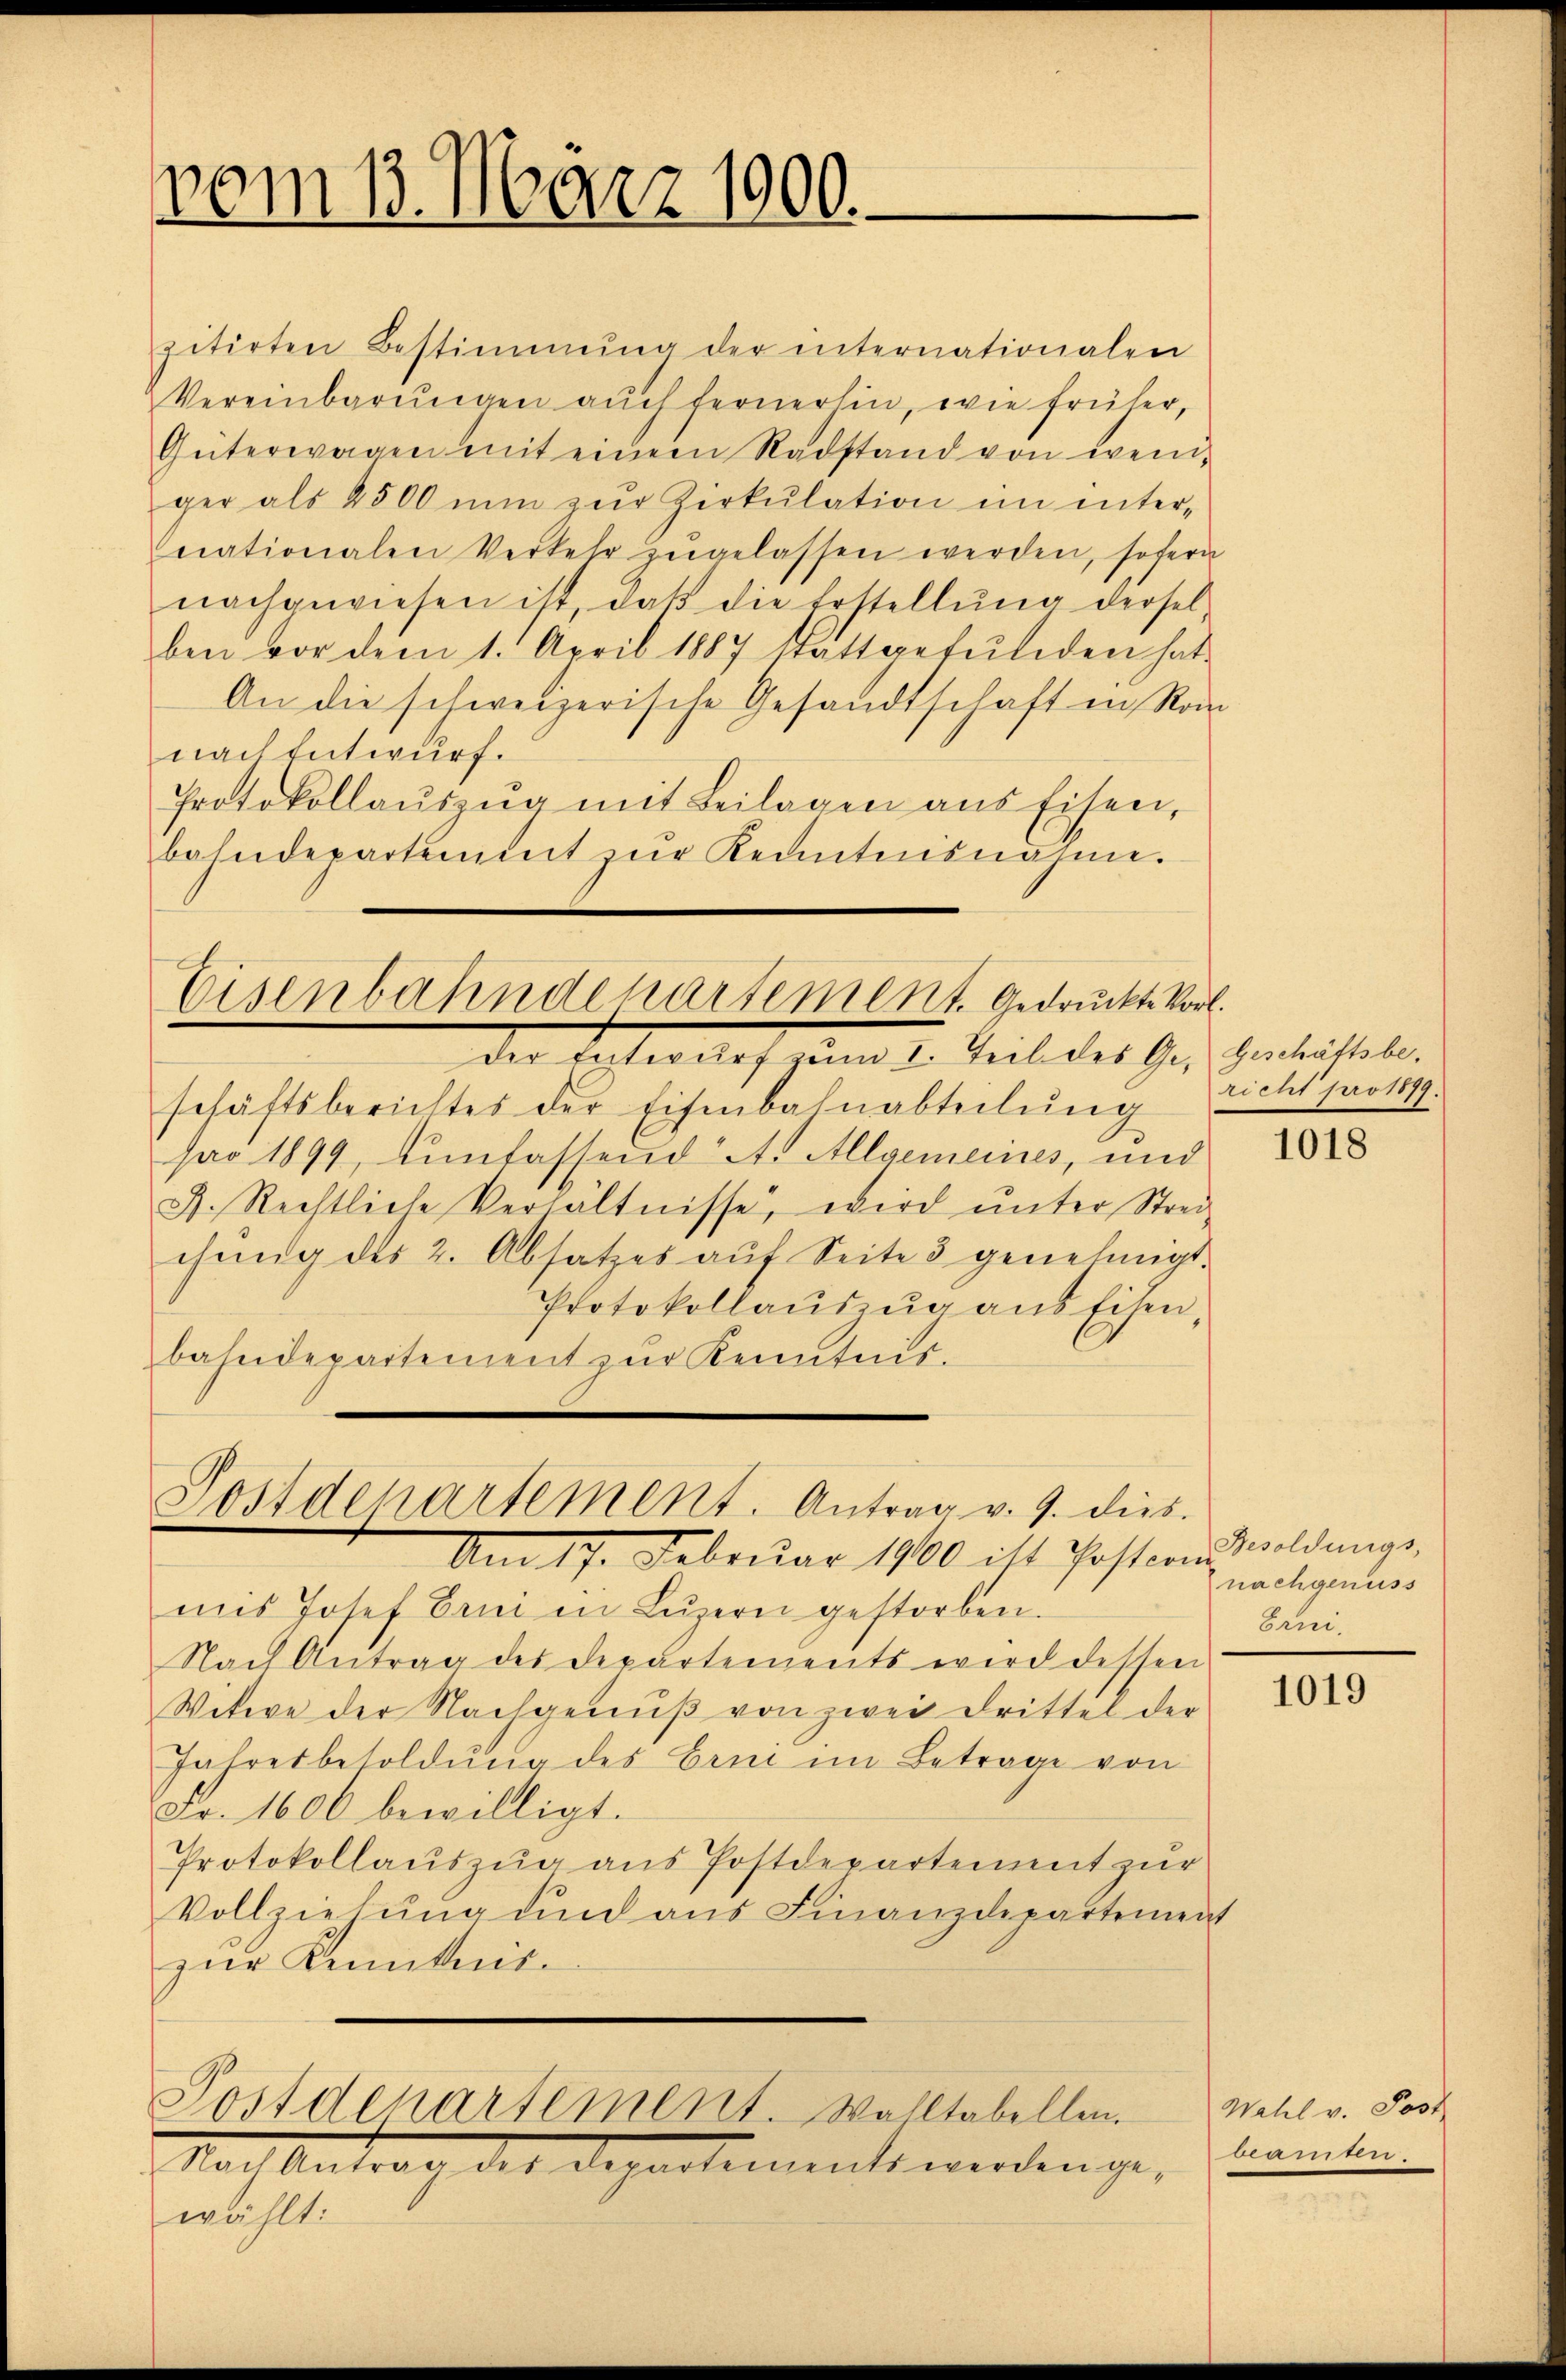
vom 13. März 1900.

zitirten Bestimmung der internationalen
Vereinbarungen auch fernerhin, wie früher,
Güterwagen mit einem Radstand von weniger als 4500 nun zŭr Zirkŭlation im internationalen Verkehr zŭgelassen werden, sofern
nachgewiesen ist, daß die Erstellung derselben vor dem 1. April 1887 Stattgefŭliden hat.
An die schweizerische Gesandtschaft in Ron
nach Entwurf.
Protokollaŭszŭg mit Beilagen aus Eisen,
bahndepartement zŭr Kenntnisnahme.

Eisenbahndepartement gedruckte Vorl

Postdepartement. Antrag v. 9. dies

Postdepartement. Walltabellen.

wählt:

schäftsberichtes der Eisenbahnabteilŭng richt pro 1879.
pro 1899, unfassend A. Allgemeines, und
A. Rechtliche Verhältnisse, wird ŭnter Strei-
chŭng des 2. Absatzes aŭf Seite 3 genehmigt.
Protokollaŭszŭg ans Eisen,
bahndepartement zur Kenntnis¬

Nach Antrag des Departiments werdenge,

der Entwŭrf zŭm I. Teil des Ge- Geschäftsbe¬

Am 17. Februar 1900 ist Postern
mis Josef Erni in Lŭzern gestorben.
Nach Antrag des Departements wird dessen
Witwe der Nachgenuß von zwei Drittel der
Jahresbesoldung des Erni im Betrage von
Fr. 1600 bewilligt.
Protokollaŭszŭg ans Postdepartement zŭr
Vollziehŭng und aus Finanzdepartement
zur Kenntnis-

1018

Besoldungs-
nachgenuss
Erni,

1019

Wahl v. Post
777